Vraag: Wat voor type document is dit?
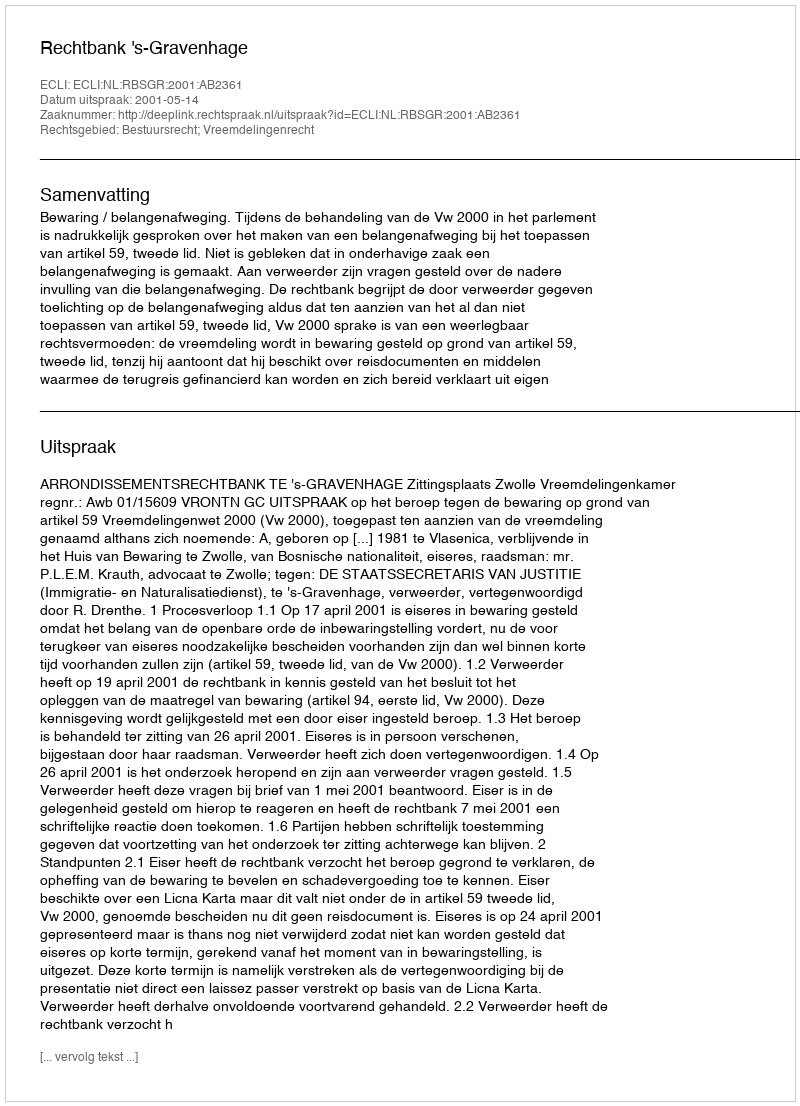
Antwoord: Uitspraak